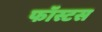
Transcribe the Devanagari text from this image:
फॉस्टस